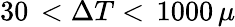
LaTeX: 30\, <\Delta T<\, 1000\, \mu